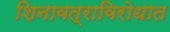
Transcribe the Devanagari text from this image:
शिनावत्राविरोधात